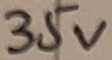
Text: 35V